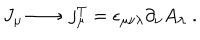
\, J _ { \mu } \longrightarrow \; j _ { \mu } ^ { T } = \epsilon _ { \mu \nu \lambda } \partial _ { \nu } A _ { \lambda } \; .